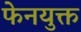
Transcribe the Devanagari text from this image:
फेनयुक्त